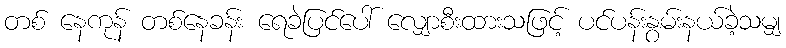
တစ် နေကုန် တစ်နေခန်း ရေခဲပြင်ပေါ် လျှောစီးထားသဖြင့် ပင်ပန်းနွမ်းနယ်ခဲ့သမျှ